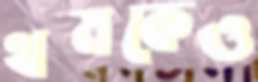
থমকেও